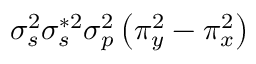
\sigma _ { s } ^ { 2 } \sigma _ { s } ^ { * 2 } \sigma _ { p } ^ { 2 } \left( \pi _ { y } ^ { 2 } - \pi _ { x } ^ { 2 } \right)